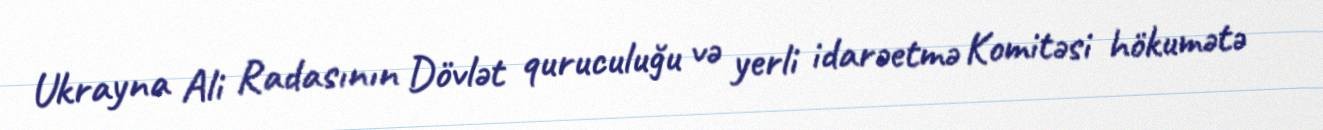
Ukrayna Ali Radasının Dövlət quruculuğu və yerli idarəetmə Komitəsi hökumətə